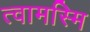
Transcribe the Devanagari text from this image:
त्वामस्मि